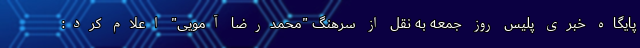
پایگاه خبری پلیس روز جمعه به نقل از سرهنگ "محمدرضا آمویی" اعلام کرد: